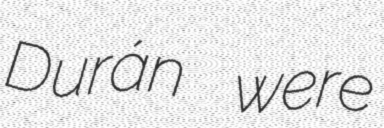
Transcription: Durán were